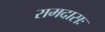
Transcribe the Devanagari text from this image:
रामदासः